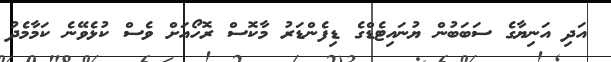
އަދި އަނިޔާގެ ސަބަބުން ޔުނައިޓެޑްގެ ޑިފެންޑަރު މާކޮސް ރޮހޯއަށް ވެސް ކުޅެވޭނެ ކަމާމެދު